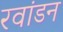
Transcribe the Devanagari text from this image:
रवांडन